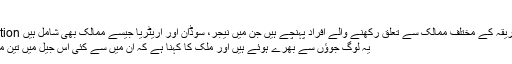
‘
Image caption اس جیل میں افریقہ کے مختلف ممالک سے تعلق رکھنے والے افراد پہنچے ہیں جن میں نیجر، سوڈان اور اریٹریا جیسے ممالک بھی شامل ہیں
یہ لوگ جوؤں سے بھرے ہوئے ہیں اور ملک کا کہنا ہے کہ ان میں سے کئی اس جیل میں تین مہینے سے ہیں۔